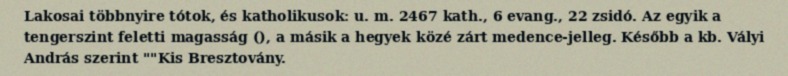
Lakosai többnyire tótok, és katholikusok: u. m. 2467 kath., 6 evang., 22 zsidó. Az egyik a tengerszint feletti magasság (), a másik a hegyek közé zárt medence-jelleg. Később a kb. Vályi András szerint ""Kis Bresztovány.